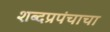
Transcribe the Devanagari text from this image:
शब्दप्रपंचाचा